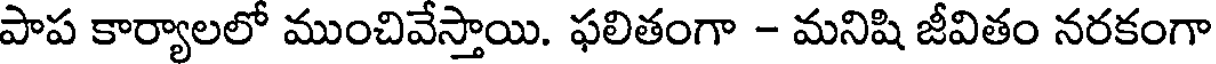
పాప కార్యాలలో ముంచివేస్తాయి. ఫలితంగా - మనిషి జీవితం నరకంగా